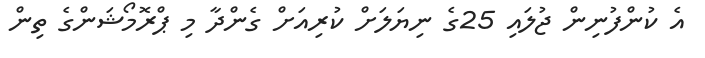
އެ ކުންފުނިން ޖުލައި 25ގެ ނިޔަލަށް ކުރިއަށް ގެންދާ މި ޕްރޮމޯޝަންގެ ތިން